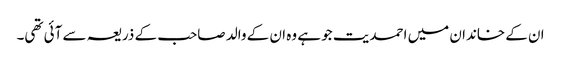
ان کے خاندان میں احمدیت جو ہے وہ ان کے والد صاحب کے ذریعہ سے آئی تھی۔